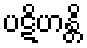
ပဋိဟန္တိ